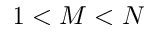
1 < M < N